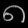
Digit: ၈